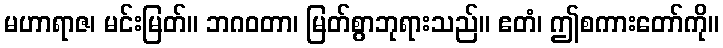
မဟာရာဇ၊ မင်းမြတ်။ ဘဂဝတာ၊ မြတ်စွာဘုရားသည်။ ဧတံ၊ ဤစကားတော်ကို။